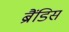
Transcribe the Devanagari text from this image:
ब्रैंडिस